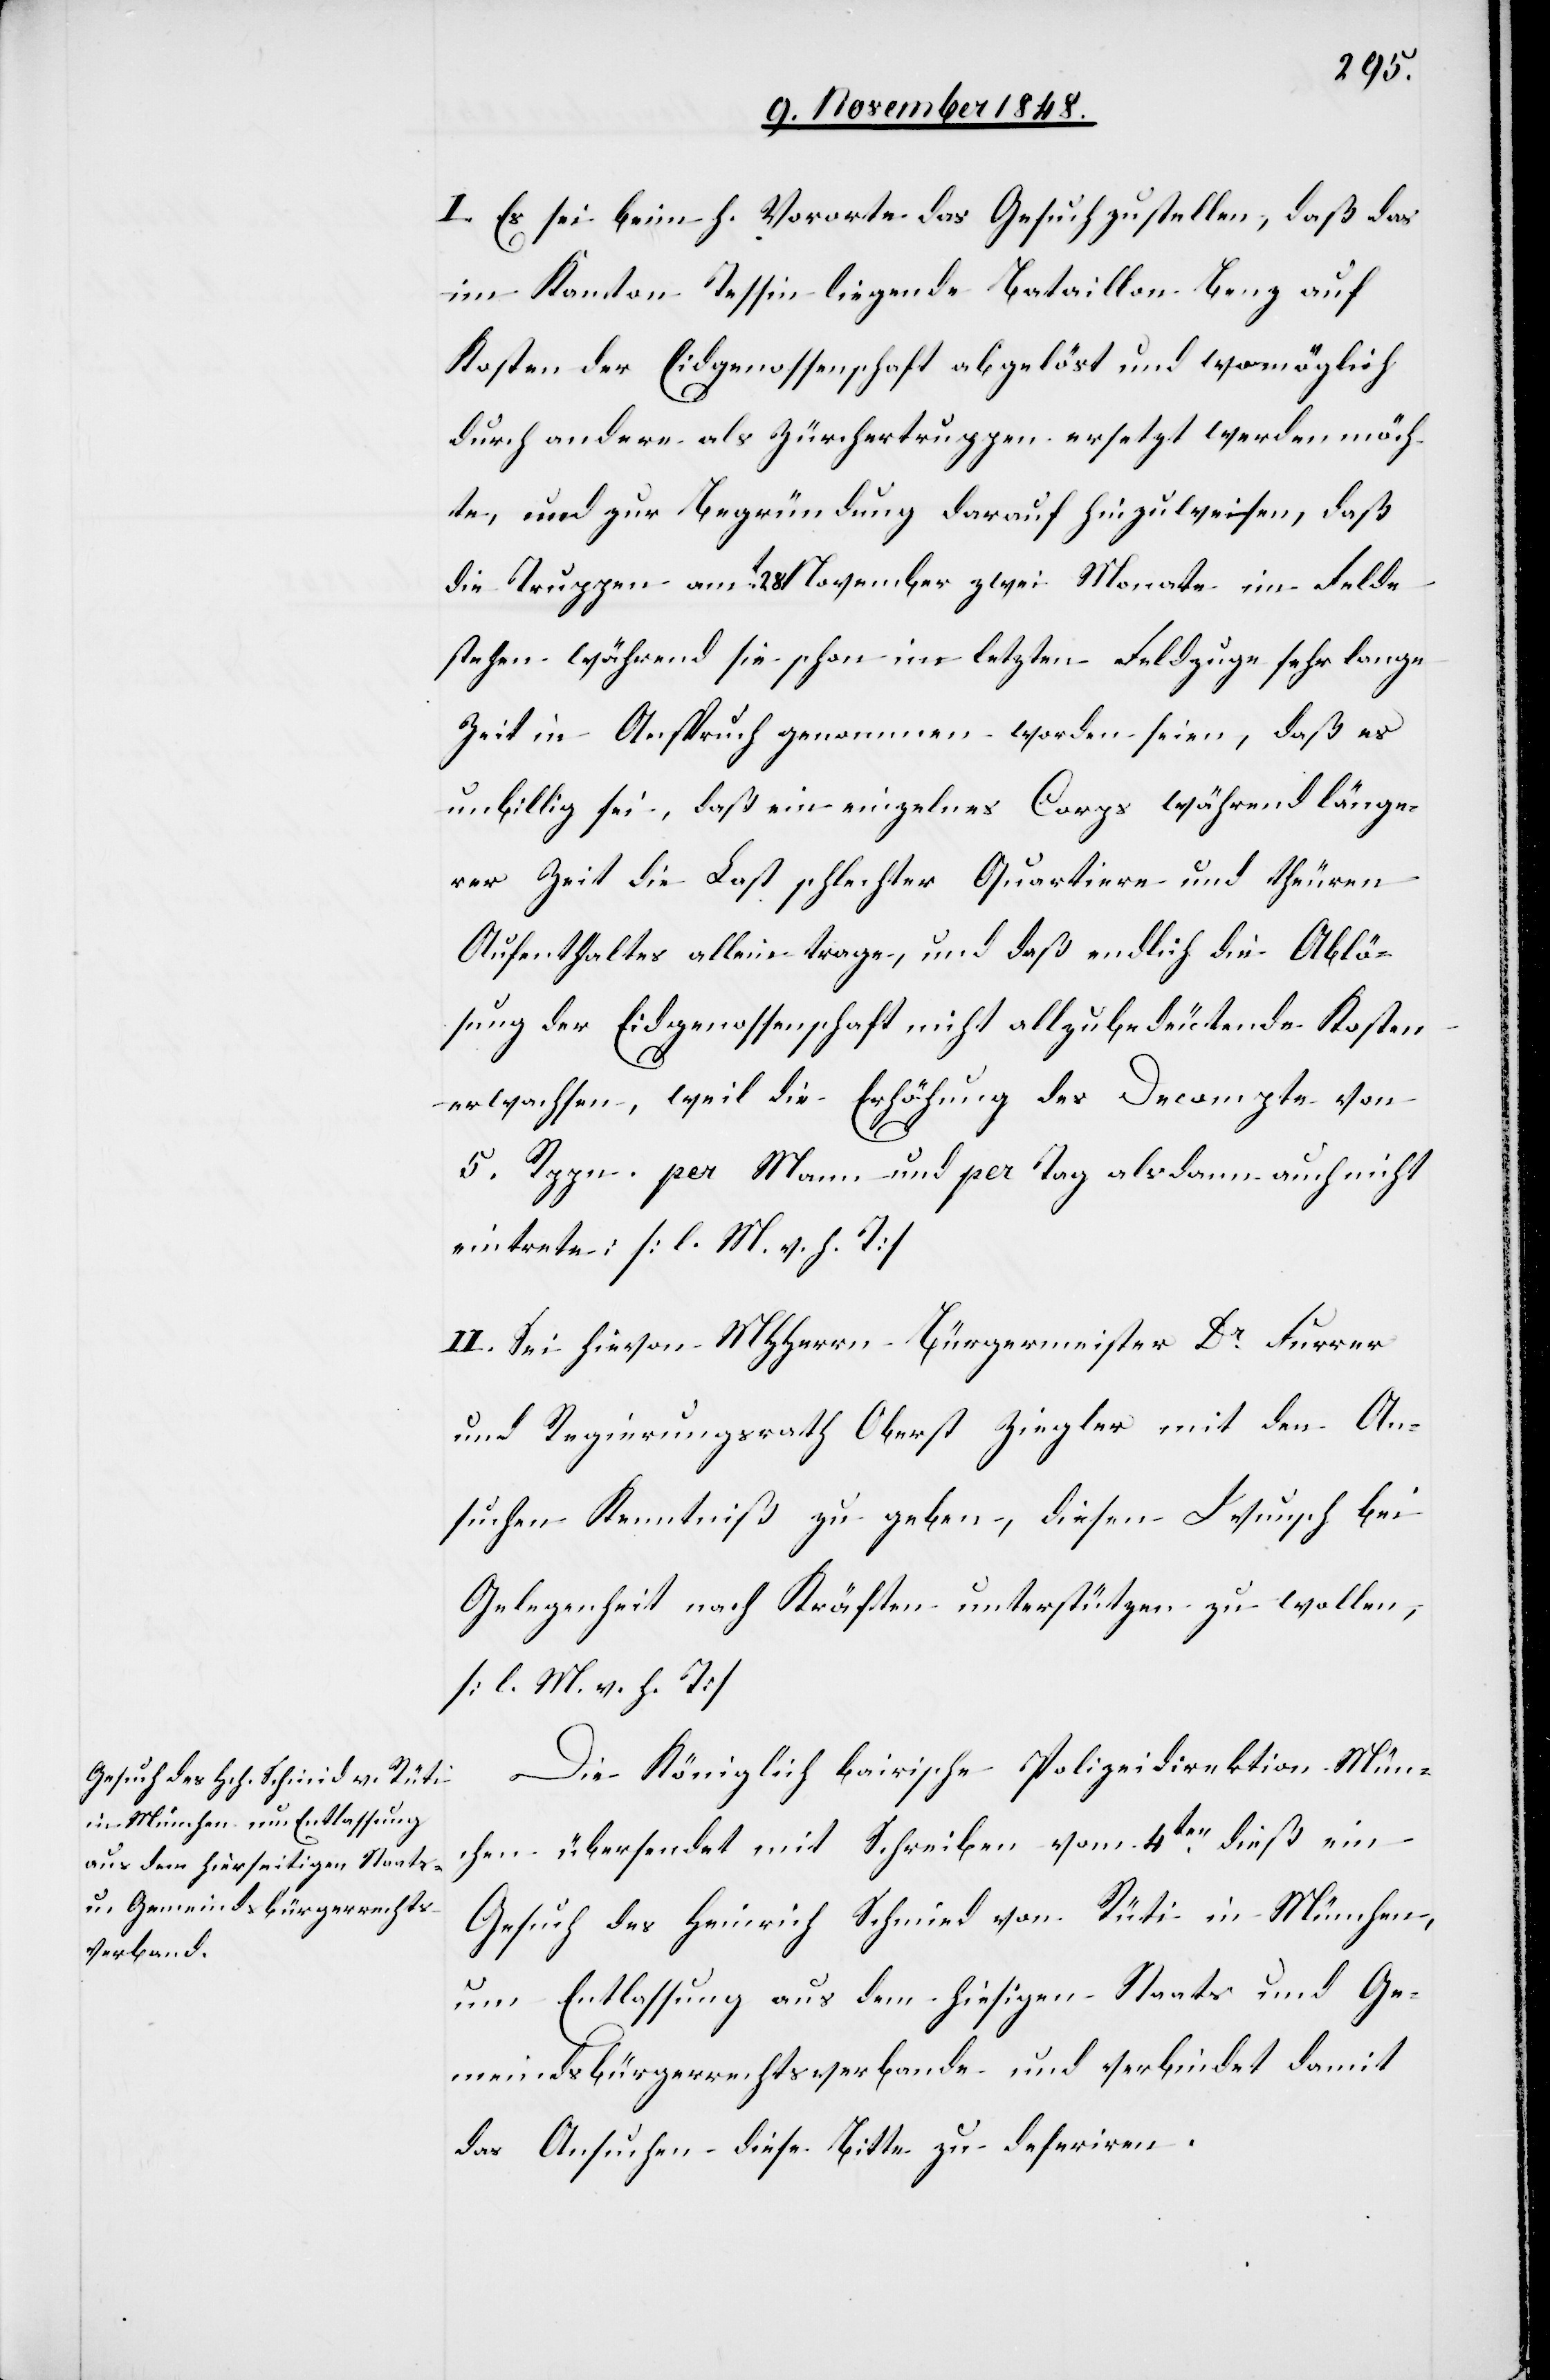
13. November 1848.]
I. Es sei beim h. Vororte das Gesuch zu stellen, daß das
im Kanton Tessin liegende Bataillon Benz auf
Kosten der Eidgenossenschaft abgelöst und womöglich
durch andere als Zürchertruppen ersetzt werden möch¬
te, und zur Begründung darauf hinzuweisen, daß
die Truppen am t28. November [sic!] zwei Monate im Felde
stehen während sie schon im letzten Feldzuge sehr lange
Zeit in Anspruch genommen worden seien, daß es
unbillig sei, daß ein einzelnes Corps während länge¬
rer Zeit die Last schlechter Quartiere und theuren
Aufenthaltes allein trage, und daß endlich die Ablö¬
sung der Eidgenossenschaft nicht allzubedeutende Kosten
erwachsen, weil die Erhöhung der Decompte von
5. Rppn. per Mann und per Tag alsdann auch nicht
eintrete: [l. M. v. h. T]
II. Sei hievon MHHerrn Bürgermeister Dr Furrer
und Regierungsrath Oberst Ziegler mit den An¬
suchen Kenntniß zu geben, diesen Wunsch bei
Gelegenheit nach Kräften unterstützen zu wollen,
[l. M. v. h. T]
Die Königlich bairische Polizeidirektion Mün¬
chen übersendet mit Schreiben vom 4ten dieß ein
Gesuch des Heinrich Schmied von Rüti in München,
um Entlassung aus dem hiesigen Staats und Ge¬
meindsbürgerrechtsverbande und verbindet damit
das Ansuchen diese Bitte zu deferiren.